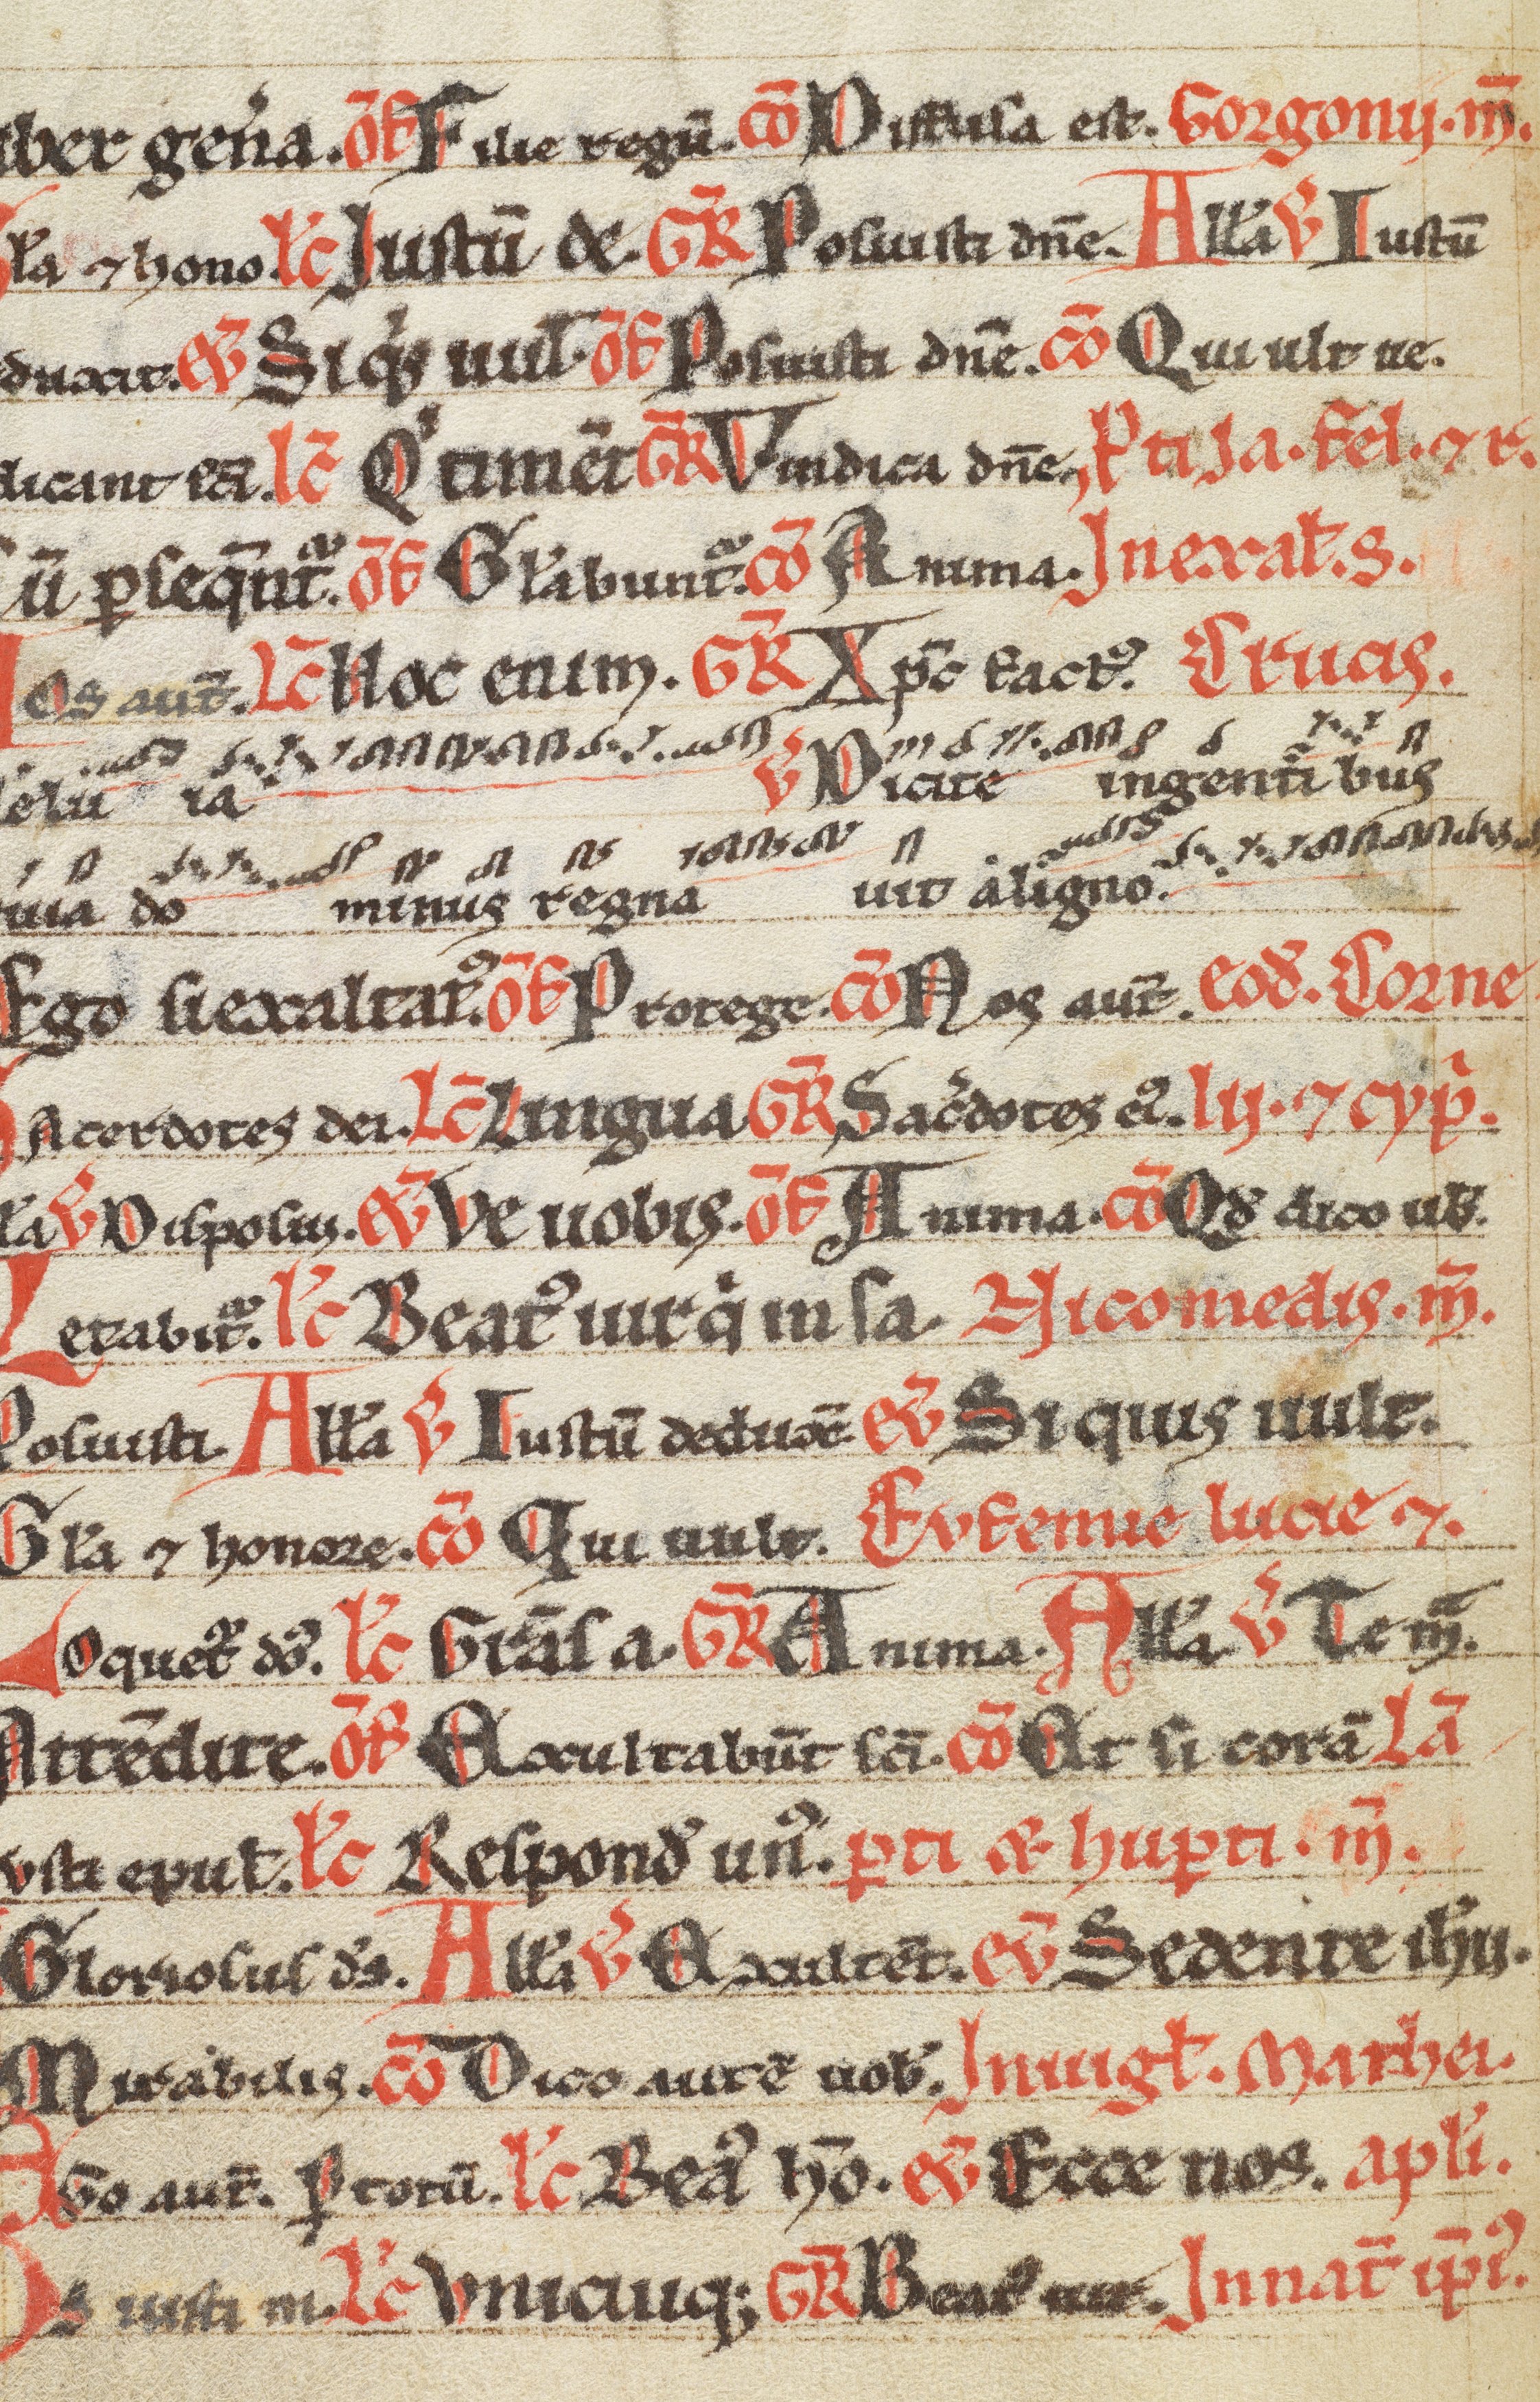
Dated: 1200–1299